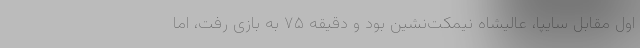
اول مقابل سایپا، عالیشاه نیمکت‌نشین بود و دقیقه ۷۵ به بازی رفت، اما